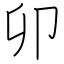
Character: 卯